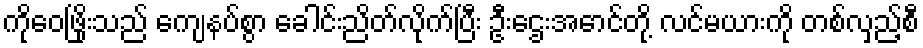
ကိုဝေဖြိုးသည် ကျေနပ်စွာ ခေါင်းညိတ်လိုက်ပြီး ဦးဌေးအောင်တို့ လင်မယားကို တစ်လှည့်စီ